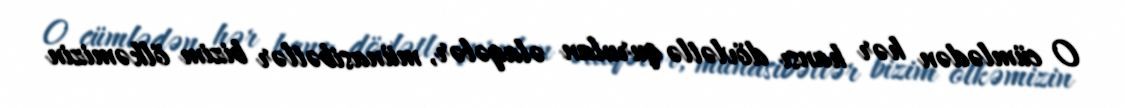
O cümlədən hər hansı dövlətlə qurulan əlaqələr, münasibətlər bizim ölkəmizin